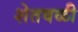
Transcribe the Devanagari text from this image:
शेतवळी